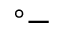
^ { \circ } -